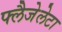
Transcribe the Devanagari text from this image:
फ्लैजेलेटा